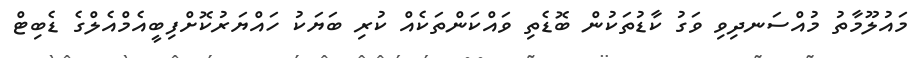
މައުލޫމާތު މުއްސަނދިވި ވަގު ކާޑުތަކުން ބޮޑެތި ވައްކަންތަކެއް ކުރި ބަޔަކު ހައްޔަރުކޮށްފިބީއެމްއެލްގެ ޑެބިޓް